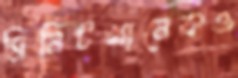
মিনিটখানেকও